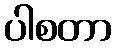
ပါစတာ